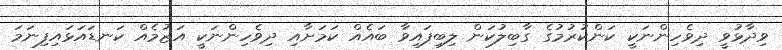
ވިދާޅުވީ ދިވެހިންނަކީ ކަންކުރުމުގެ ގާބިލުކަން ލިބިފައިވާ ބައެއް ކަމަށާއި ދިވެހިންނަކީ އަޒުމެއް ކަނޑައަޅައިފިނަމަ